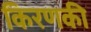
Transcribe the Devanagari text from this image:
किरणकी